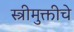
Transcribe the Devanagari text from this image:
स्त्रीमुक्तीचे